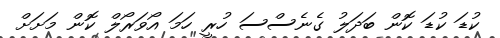
ކުޑަ ކުޑަ ކޮން ބަދަލު ގެނެސްސަ ހުރީ ހަމަ އޯވަރޯލް ކޮން މަށަށް